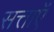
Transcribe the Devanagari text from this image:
सत्ताऍं